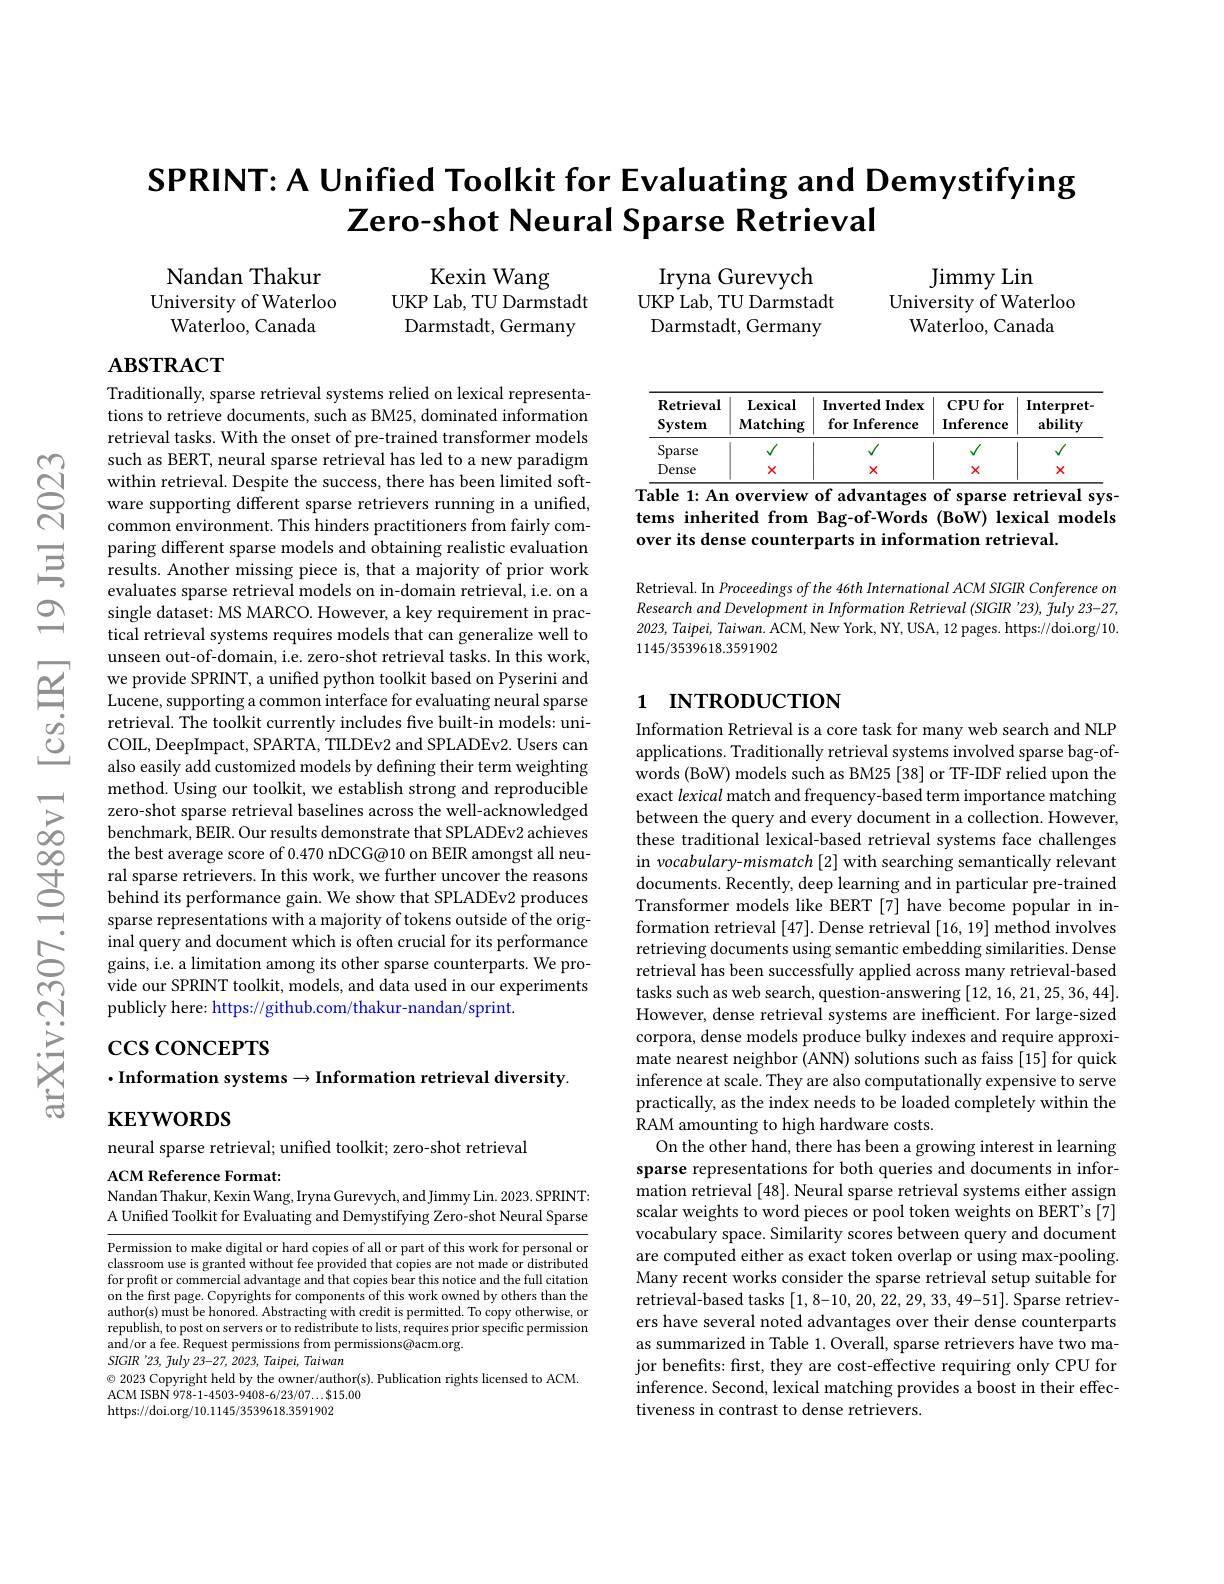
SPRINT: A Unified Toolkit for Evaluating and Demystifying
Zero-shot Neural Sparse Retrieval

Iryna Gurevych
UKP Lab, TU Darmstadt Darmstadt, Germany

Kexin Wang
UKP Lab, TU Darmstadt Darmstadt, Germany

Nandan Thakur
University of Waterloo
Waterloo, Canada

Jimmy Lin
University of Waterloo
Waterloo, Canada

## $\mathbf{ABSTRACT}$

<table>
	<tbody>
		<tr>
			<th>$\mathbf{Retrieval}$ System</th>
			<th>$\mathbf{Lexical}$ Matching</th>
			<th>Inverted Index for Inference</th>
			<th>$\mathbf{CPUfor}$ Inference</th>
			<th>Interpret- ability</th>
		</tr>
		<tr>
			<td>Sparse</td>
			<td>$\checkmark$</td>
			<td> </td>
			<td>$√$</td>
			<td>$\sqrt{1}$</td>
		</tr>
		<tr>
			<td>Dense</td>
			<td>$X$</td>
			<td>X</td>
			<td>X</td>
			<td>X</td>
		</tr>
	</tbody>
</table>
Table 1: An overview of advantages of sparse retrieval sys-

tems inherited from Bag-of-Words (BoW) lexical models
over its dense counterparts in information retrieval.

Retrieval. In Proceedings of the 46th International ACM SIGIR Conference on Research and Development in Information Retrieval (SIGIR '23), fuly 23-27, 2023, Taipei, Taiwan. ACM, New York, NY, USA, 12 pages. https://doi.org/10. 1145/3539618.3591902

Traditionally, sparse retrieval systems relied on lexical representations to retrieve documents, such as BM25, dominated information retrieval tasks. With the onset of pre-trained transformer models such as BERT, neural sparse retrieval has led to a new paradigm within retrieval. Despite the success, there has been limited software supporting different sparse retrievers running in a unified, common environment. This hinders practitioners from fairly comparing different sparse models and obtaining realistic evaluation results. Another missing piece is, that a majority of prior work evaluates sparse retrieval models on in-domain retrieval, i.e. on a single dataset: MS MARCO. However, a key requirement in practical retrieval systems requires models that can generalize well to unseen out-of-domain, i.e. zero-shot retrieval tasks. In this work, we provide SPRINT, a unified python toolkit based on Pyserini and $\dot{\text{Lucene, supporting a common interface for evaluating neural sparse}}$ retrieval. The toolkit currently includes five built-in models: uniCOIL, DeepImpact, SPARTA, TILDEv2 and SPLADEv2. Users can also easily add customized models by defining their term weighting method. Using our toolkit, we establish strong and reproducible zero-shot sparse retrieval baselines across the well-acknowledged benchmark, BEIR. Our results demonstrate that SPLADEv2 achieves the best average score of 0.470 nDCG@10 on BEIR amongst all neural sparse retrievers. In this work, we further uncover the reasons $\hat{\text{behind its performance gain.We show that SPLADEv2 produces}}$ sparse representations with a majority of tokens outside of the original query and document which is often crucial for its performance gains, i.e. a limitation among its other sparse counterparts. We provide our SPRINT toolkit, models, and data used in our experiments publicly here: https://github.com/thakur-nandan/sprint.

## 1 INTRODUCTION

Information Retrieval is a core task for many web search and NLP applications. Traditionally retrieval systems involved sparse bag-ofwords (BoW) models such as BM25 [38] or TF-IDF relied upon the exact lexical match and frequency-based term importance matching between the query and every document in a collection. However, these traditional lexical-based retrieval systems face challenges in vocabulary-mismatch [2] with searching semantically relevant documents. Recently, deep learning and in particular pre-trained Transformer models like BERT [7] have become popular information retrieval [47]. Dense retrieval [16,19] method involves retrieving documents using semantic embedding similarities. Dense retrieval has been successfully applied across many retrieval-based tasks such as web search, question-answering [12,16,21,25,36,44]. However, dense retrieval systems are inefficient. For large-sized corpora, dense models produce bulky indexes and require approximate nearest neighbor (ANN) solutions such as faiss [15] for quick inference at scale. They are also computationally expensive to serve practically, as the index needs to be loaded completely within the RAM amounting to high hardware costs.
On the other hand, there has been a growing interest in learning sparse representations for both queries and documents in information retrieval [48]. Neural sparse retrieval systems either assign scalar weights to word pieces or pool token weights on BERT's [7] vocabulary space. Similarity scores between query and document are computed either as exact token overlap or using max-pooling. Many recent works consider the sparse retrieval setup suitable for retrieval-based tasks [1,8-10,20,22,29,33,49-51]. Sparse retrievers have several noted advantages over their dense counterparts as summarized in Table 1. Overall, sparse retrievers have two major benefits: first, they are cost-effective requiring only CPU for inference. Second, lexical matching provides a boost in their effectiveness in contrast to dense retrievers.

$\csc$coNCEPTS
$\cdot$Information systems$\to$Information retrieval diversity.
$\mathbf{KEYWORDS}$

neural sparse retrieval; unified toolkit; zero-shot retrieval

ACM Reference Format:
Nandan Thakur, Kexin Wang, Iryna Gurevych, and Jimmy Lin. 2023. SPRINT:

A Unified Toolkit for Evaluating and Demystifying Zero-shot Neural Sparse

Permission to make digital or hard copies of all or part of this work for personal or classroom use is granted without fee provided that copies are not made or distributed for profit or commercial advantage and that copies bear this notice and the full citation on the first page. Copyrights for components of this work owned by others than the author(s) must be honored. Abstracting with credit is permitted. To copy otherwise, or republish, to post on servers or to redistribute to lists, requires prior specific permission and/or a fee. Request permissions from permissions@acm.org.
SIGIR '23, fuly 23-27, 2023, Taipei, Taiwan
$\textcircled{\circ}$ 2023 Copyright held by the owner/author(s). Publication rights licensed to ACM.
ACM ISBN 978-1-4503-9408-6/23/07...$15.00

https://doi.org/10.1145/3539618.3591902